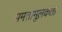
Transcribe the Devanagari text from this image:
समतामूलकता